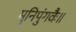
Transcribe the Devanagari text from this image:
मुनिपुंगवैः॥